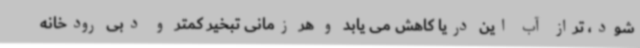
شود، تراز آب این دریا کاهش می یابد و هر زمانی تبخیر کمتر و دبی رودخانه